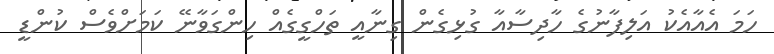
ހަމަ އެއާއެކު އަލިފާނުގެ ހާދިސާއާ ގުޅިގެން ގިނާއީ ތަހްގީގެއް ހިންގަވާނޭ ކަމަށްވެސް ކުންޑީ